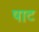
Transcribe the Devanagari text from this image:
षाट